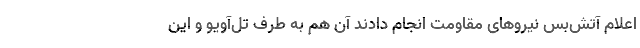
اعلام آتش‌بس نیروهای مقاومت انجام دادند آن هم به طرف تل‌آویو و این